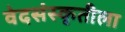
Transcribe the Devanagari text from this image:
वेदसंस्कृतीला